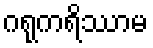
ဂရုကရိဿာမ